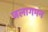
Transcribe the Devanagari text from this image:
जलागमन